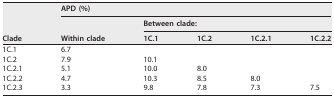
| <ROWSPAN=3> Clade | <COLSPAN=5> APD (%) |
 | <ROWSPAN=2> Within clade | <COLSPAN=4> Between clade: |
 | 1C.1 | 1C.2 | 1C.2.1 | 1C.2.2 |
 | --- | --- | --- | --- | --- | --- |
 | 1C.1 | 6.7 |  |  |  |  |
 | 1C.2 | 7.9 | 10.1 |  |  |  |
 | 1C.2.1 | 5.1 | 10.0 | 8.0 |  |  |
 | 1C.2.2 | 4.7 | 10.3 | 8.5 | 8.0 |  |
 | 1C.2.3 | 3.3 | 9.8 | 7.8 | 7.3 | 7.5 |